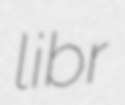
libr